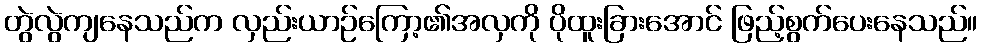
တွဲလွဲကျနေသည်က လှည်းယာဉ်ကြော့၏အလှကို ပိုထူးခြားအောင် ဖြည့်စွက်ပေးနေသည်။